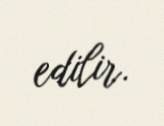
edilir.